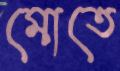
মোতে